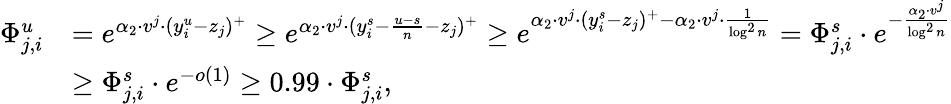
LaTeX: \begin{array}{rl}{\Phi_{j,i}^{u}}&{=e^{\alpha_{2}\cdot v^{j}\cdot(y_{i}^{u}-z_{j})^{+}}\geq e^{\alpha_{2}\cdot v^{j}\cdot(y_{i}^{s}-\frac{u-s}{n}-z_{j})^{+}}\geq e^{\alpha_{2}\cdot v^{j}\cdot(y_{i}^{s}-z_{j})^{+}-\alpha_{2}\cdot v^{j}\cdot\frac{1}{\log^{2}n}}=\Phi_{j,i}^{s}\cdot e^{-\frac{\alpha_{2}\cdot v^{j}}{\log^{2}n}}}\\ &{\geq\Phi_{j,i}^{s}\cdot e^{-o(1)}\geq 0.99\cdot\Phi_{j,i}^{s},}\end{array}